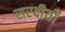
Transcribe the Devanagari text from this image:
सरदीयों